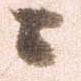
ニ